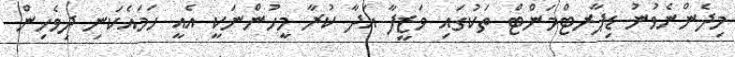
މިދެންނެވުނު ޑިޕާރޓްމަންޓް ތަކުގައި ވަޒީފާ އަދާ ކުރާ މީހުންނަކީ އެއީ ހަމައެކަނި ދިވެހިން